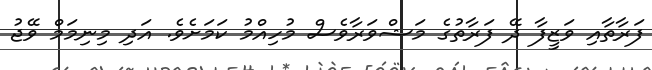
ފަރާތާއި ވަޒީފާ ދޭ ފަރާތުގެ މަޝްވަރާވެސް މުހިއްމު ކަމަށެވެ. އަދި މިނިމަމް ވޭޖު